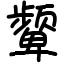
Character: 颦